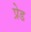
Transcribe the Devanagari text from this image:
प्रेड